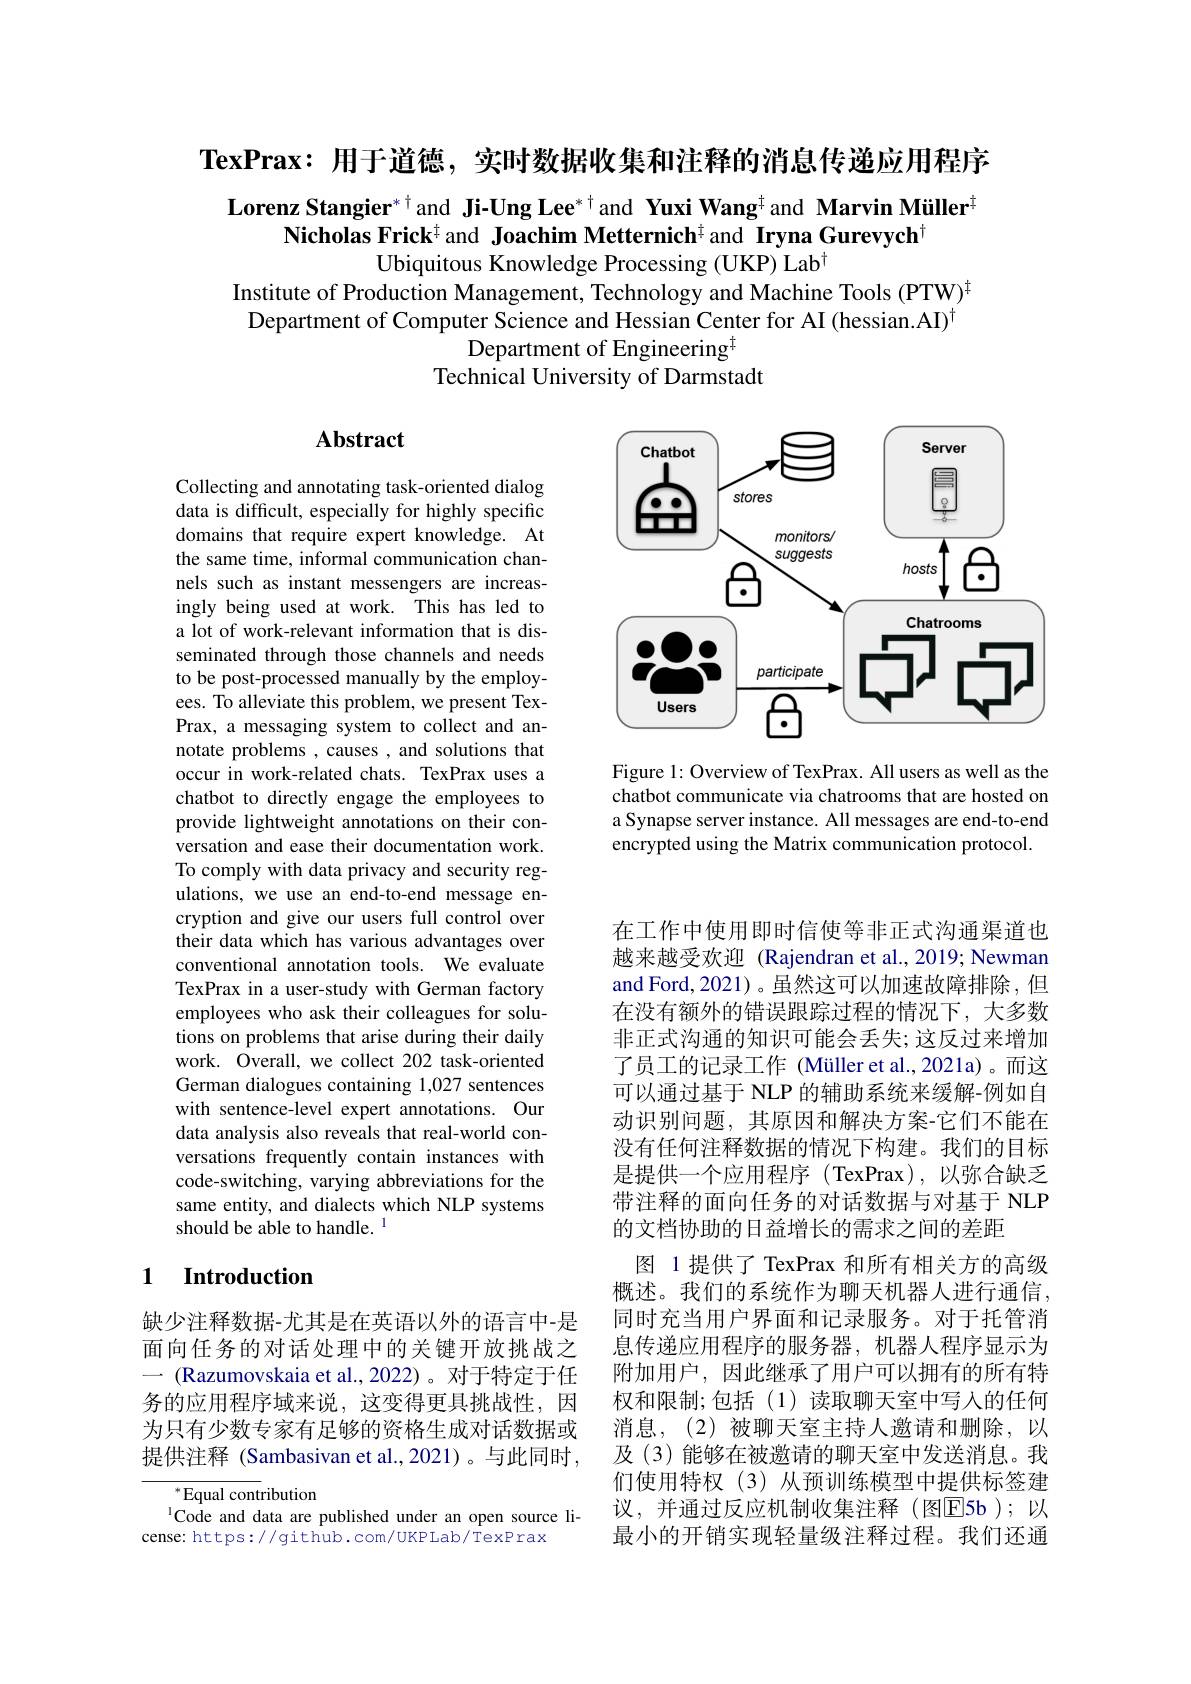
TexPrax: 用于道德，实时数据收集和注释的消息传递应用程序

Lorenz Stangier$^{*\dagger}$and Ji-Ung Lee$^{*\dagger}$ and Yuxi Wang$^{\dagger}$and Marvin Müller$^{\dagger}$
Nicholas Frick$^{\ddagger}$and Joachim Metternich$^{\ddagger}$and Iryna Gurevych$^{\dagger}$
Ubiquitous Knowledge Processing (UKP) Lab$^{\dagger}$

Institute of Production Management, Technology and Machine Tools (PTW)$^{\#}$ Department of Computer Science and Hessian Center for AI (hessian.AI)$^{\dagger}$
Department of Engineering$^{\mathrm{H}}$
Technical University of Darmstadt

## Abstract

<FigureHere>

Figure 1: Overview of TexPrax. All users as well as the chatbot communicate via chatrooms that are hosted on a Synapse server instance. All messages are end-to-end encrypted using the Matrix communication protocol.

Collecting and annotating task-oriented dialog data is difficult, especially for highly specific domains that require expert knowledge. At the same time, informal communication channels such as instant messengers are increasingly being used at work. This has led to a lot of work-relevant information that is disseminated through those channels and needs to be post-processed manually by the employees. To alleviate this problem, we present TexPrax, a messaging system to collect and annotate problems , causes , and solutions that occur in work-related chats. TexPrax uses a chatbot to directly engage the employees to provide lightweight annotations on their conversation and ease their documentation work. To comply with data privacy and security regulations, we use an end-to-end message encryption and give our users full control over their data which has various advantages over conventional annotation tools. We evaluate TexPrax in a user-study with German factory employees who ask their colleagues for solutions on problems that arise during their daily work. Overall, we collect 202 task-oriented German dialogues containing 1,027 sentences with sentence-level expert annotations. Our data analysis also reveals that real-world conversations frequently contain instances with code-switching, varying abbreviations for the same entity, and dialects which NLP systems should be able to handle. $^{\mathrm{l}}$

在工作中使用即时信使等非正式沟通渠道也越来越受欢迎 (Rajendran et al.,2019; Newman and Ford, 2021)。虽然这可以加速故障排除，但在没有额外的错误跟踪过程的情况下，大多数非正式沟通的知识可能会丢失；这反过来增加了员工的记录工作 (Müller et al.,2021a)。而这可以通过基于 NLP 的辅助系统来缓解-例如自动识别问题，其原因和解决方案-它们不能在没有任何注释数据的情况下构建。我们的目标是提供一个应用程序(TexPrax),以弥合缺乏带注释的面向任务的对话数据与对基于 NLP 的文档协助的日益增长的需求之间的差距
图 1 提供了 TexPrax 和所有相关方的高级概述。我们的系统作为聊天机器人进行通信， 同时充当用户界面和记录服务。对于托管消息传递应用程序的服务器，机器人程序显示为附加用户，因此继承了用户可以拥有的所有特权和限制；包括(1)读取聊天室中写入的任何消息，(2)被聊天室主持人邀请和删除，以及(3)能够在被邀请的聊天室中发送消息。我们使用特权(3)从预训练模型中提供标签建议，并通过反应机制收集注释(图E$5b ) ; 以$ 最小的开销实现轻量级注释过程。我们还通

### 1 $\textbf{Introduction}$

缺少注释数据-尤其是在英语以外的语言中-是面向任务的对话处理中的关键开放挑战之一 (Razumovskaia et al., 2022)。对于特定于任务的应用程序域来说，这变得更具挑战性，因为只有少数专家有足够的资格生成对话数据或提供注释 (Sambasivan et al.,2021)。与此同时，

${^*}{\mathrm{Equal~cont}}$ribution
Code and data are published under an open source li-
cense: https://github. com/UKPLab/TexPrax